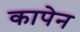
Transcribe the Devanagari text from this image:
कापेन